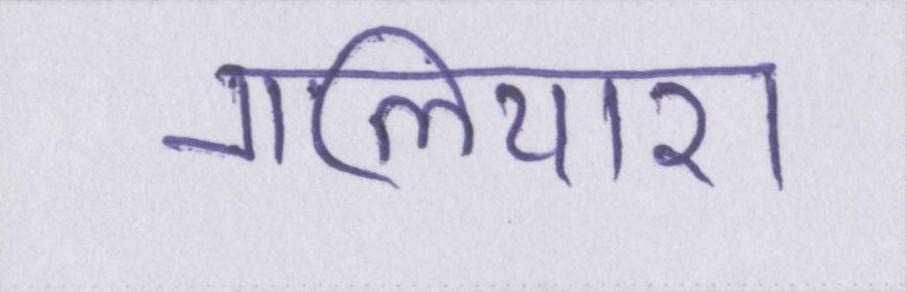
गलियारा